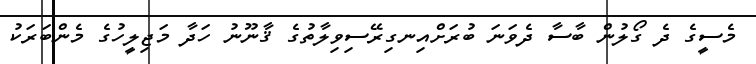
މެސީގެ ދެ ގޯލުން ބާސާ ދެވަނަ ބުރަށްއިނގިރޭސިވިލާތުގެ ޤާނޫނު ހަދާ މަޖިލީހުގެ މެންބަރަކު